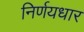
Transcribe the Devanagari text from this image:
निर्णयधार